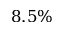
8 . 5 \%